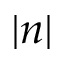
| n |